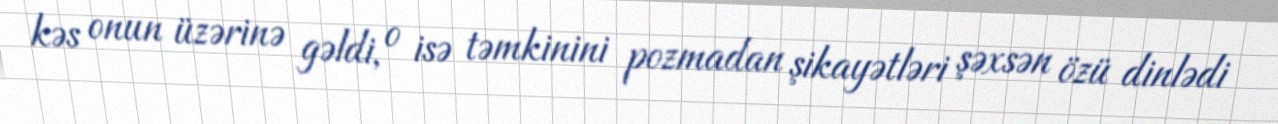
kəs onun üzərinə gəldi, o isə təmkinini pozmadan şikayətləri şəxsən özü dinlədi